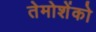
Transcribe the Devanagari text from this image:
तेमोशेंको